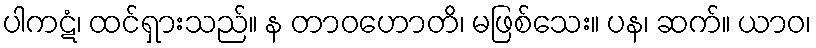
ပါကဋံ၊ ထင်ရှားသည်။ န တာဝဟောတိ၊ မဖြစ်သေး။ ပန၊ ဆက်။ ယာဝ၊